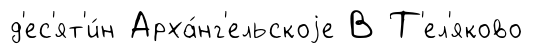
д'ес'ят'и́н Арха́нг'ельскоjе В Т'ел'яково